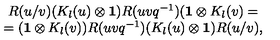
\begin{array} { c } { R ( u / v ) ( K _ { l } ( u ) \otimes { \bf 1 } ) R ( u v q ^ { - 1 } ) ( { \bf 1 } \otimes K _ { l } ( v ) = } \\ { = ( { \bf 1 } \otimes K _ { l } ( v ) ) R ( u v q ^ { - 1 } ) ( K _ { l } ( u ) \otimes { \bf 1 } ) R ( u / v ) , } \\ \end{array}